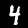
Digit: 4